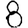
Digit: 8